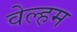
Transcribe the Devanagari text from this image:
वेल्हम